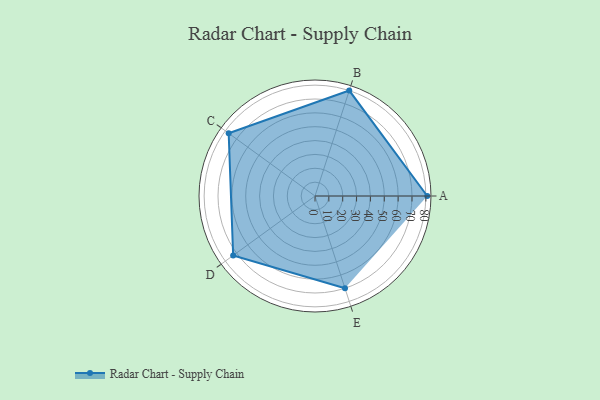
{"axis": {"x": "Skill", "y": "Score"}, "legend": ["Profile"], "data": [{"x": "A", "y": 81.0, "type": "Profile"}, {"x": "B", "y": 80.0, "type": "Profile"}, {"x": "C", "y": 77.0, "type": "Profile"}, {"x": "D", "y": 73.0, "type": "Profile"}, {"x": "E", "y": 70.0, "type": "Profile"}]}